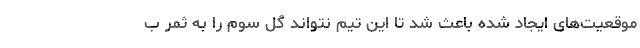
موقعیت‌های ایجاد شده باعث شد تا این تیم نتواند گل سوم را به ثمر ب